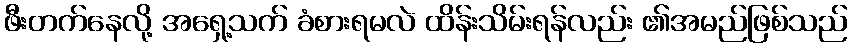
ဖီးတက်နေလို့ အရှေ့သက် ခံစားရမလဲ ထိန်းသိမ်းရန်လည်း ၏အမည်ဖြစ်သည်